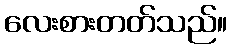
လေးစားတတ်သည်။